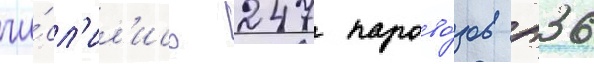
чи́сл'ил'ись 247 парово́зов п36